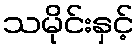
သမိုင်းနှင့်